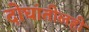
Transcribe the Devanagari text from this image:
दोघांतीलही